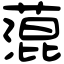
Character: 𦹲